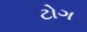
ટોગ